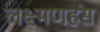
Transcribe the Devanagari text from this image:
लक्ष्मणहंस